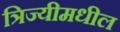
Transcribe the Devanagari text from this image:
त्रिज्यीमधील